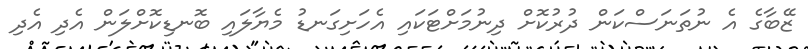
ޒޭބާގެ އެ ނުތަނަސްކަން ދުރުކޮށް ދިނުމަށްޓަކައި އެހަށިގަނޑު މެޔާލައި ބޮނޑިކޮށްލަން އެދި އެދި